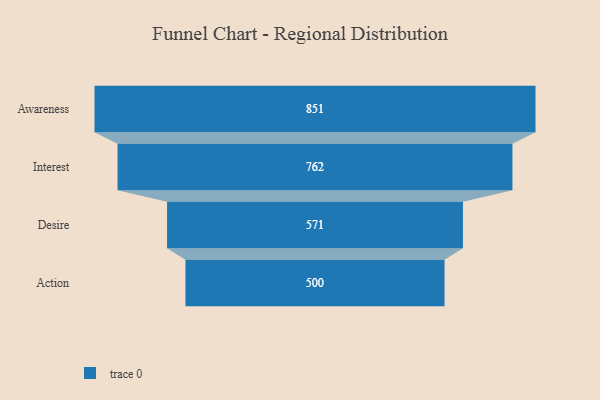
{"axis": {"x": "Stage", "y": "Value"}, "legend": [""], "data": [{"x": "Awareness", "y": 851.0, "type": ""}, {"x": "Interest", "y": 762.0, "type": ""}, {"x": "Desire", "y": 571.0, "type": ""}, {"x": "Action", "y": 500, "type": ""}]}